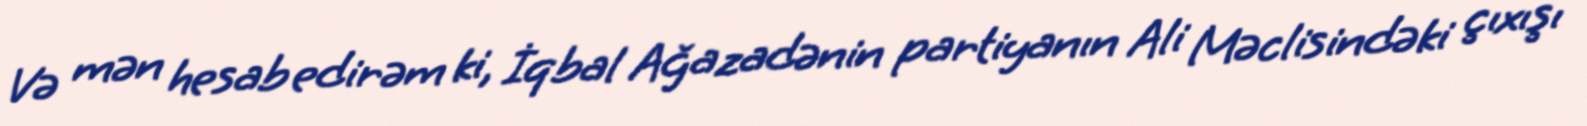
Və mən hesab edirəm ki, İqbal Ağazadənin partiyanın Ali Məclisindəki çıxışı